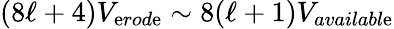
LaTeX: (8\ell+4)V_{\mathrm{e}rod\mathrm{e}}\sim8(\ell+1)V_{availabl\mathrm{e}}